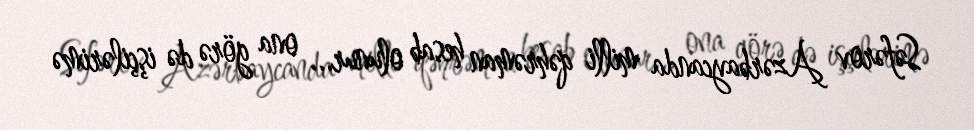
Səfərov Azərbaycanda milli qəhrəman hesab olunur... ona görə də işçilərimə